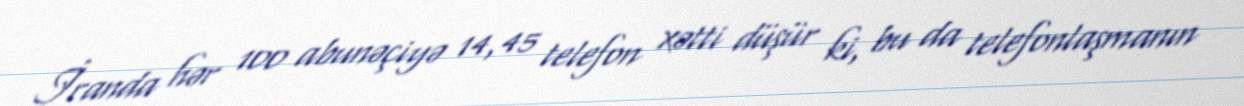
İranda hər 100 abunəçiyə 14,45 telefon xətti düşür ki, bu da telefonlaşmanın